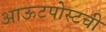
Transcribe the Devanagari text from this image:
आऊटपोस्टची